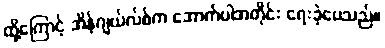
ထို့ကြောင့် အိန်ဂျယ်လ်စ်က အောက်ပါအတိုင်း ရေးခဲ့ပေသည်။